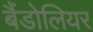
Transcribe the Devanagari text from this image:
बैंडोलियर